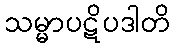
သမ္မာပဋိပဒါတိ